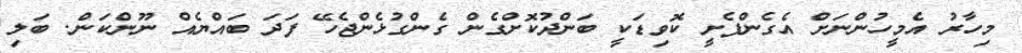
މިހާރު އެމީހުންނަށް އެގެންފެށީ ކޮވިޑަކީ ބަންދުކޮށްގެން ގެންގުޅެންޖެހޭ ފަދަ ބައްޔެއް ނޫންކަން. ބަލި